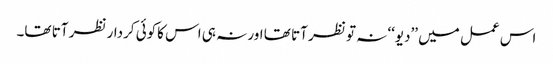
اس عمل میں ’’دیو‘‘ نہ تو نظر آتا تھا اور نہ ہی اس کاکوئی کردار نظر آتا تھا۔